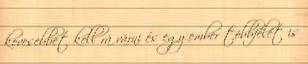
kevesebbet kell rá várni és egy ember többfélét is